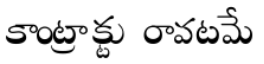
కాంట్రాక్టు రావటమే